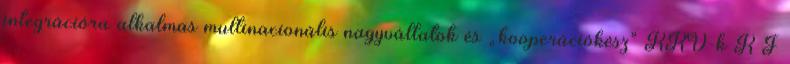
integrációra alkalmas multinacionális nagyvállatok és „kooperációkész” KKV-k K F